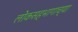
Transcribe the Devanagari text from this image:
लोकसहभागाच्या